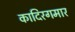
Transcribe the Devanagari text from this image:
कादिरगमार